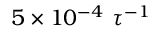
5 \times 1 0 ^ { - 4 } ~ \tau ^ { - 1 }